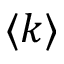
\langle k \rangle